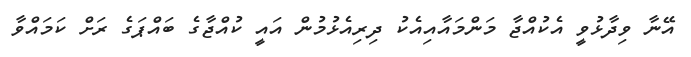
އޭނާ ވިދާޅުވީ އެކުއްޖާ މަންމައާއިއެކު ދިރިއެޅުމުން އައީ ކުއްޖާގެ ބައްޕަގެ ރަށް ކަމައްވާ